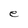
Character: e